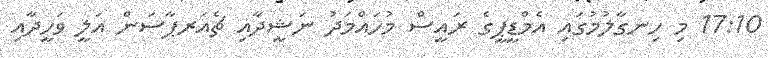
17:10 މި ހިނގާލުމުގައި އެމްޑީޕީގެ ރައީސް މުހައްމަދު ނަޝީދާއި ޗެއަރޕާސަން އަލީ ވަހީދާއި